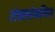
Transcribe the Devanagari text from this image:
तंत्रासंबधित